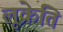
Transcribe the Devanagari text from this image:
लूक्रेति